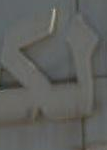
لك